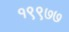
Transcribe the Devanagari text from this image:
१९९७७